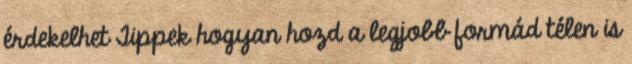
érdekelhet Tippek hogyan hozd a legjobb formád télen is